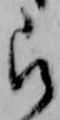
被